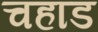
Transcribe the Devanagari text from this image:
चहाड